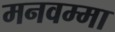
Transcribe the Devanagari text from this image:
मनवम्मा